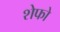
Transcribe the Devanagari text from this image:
शेफो